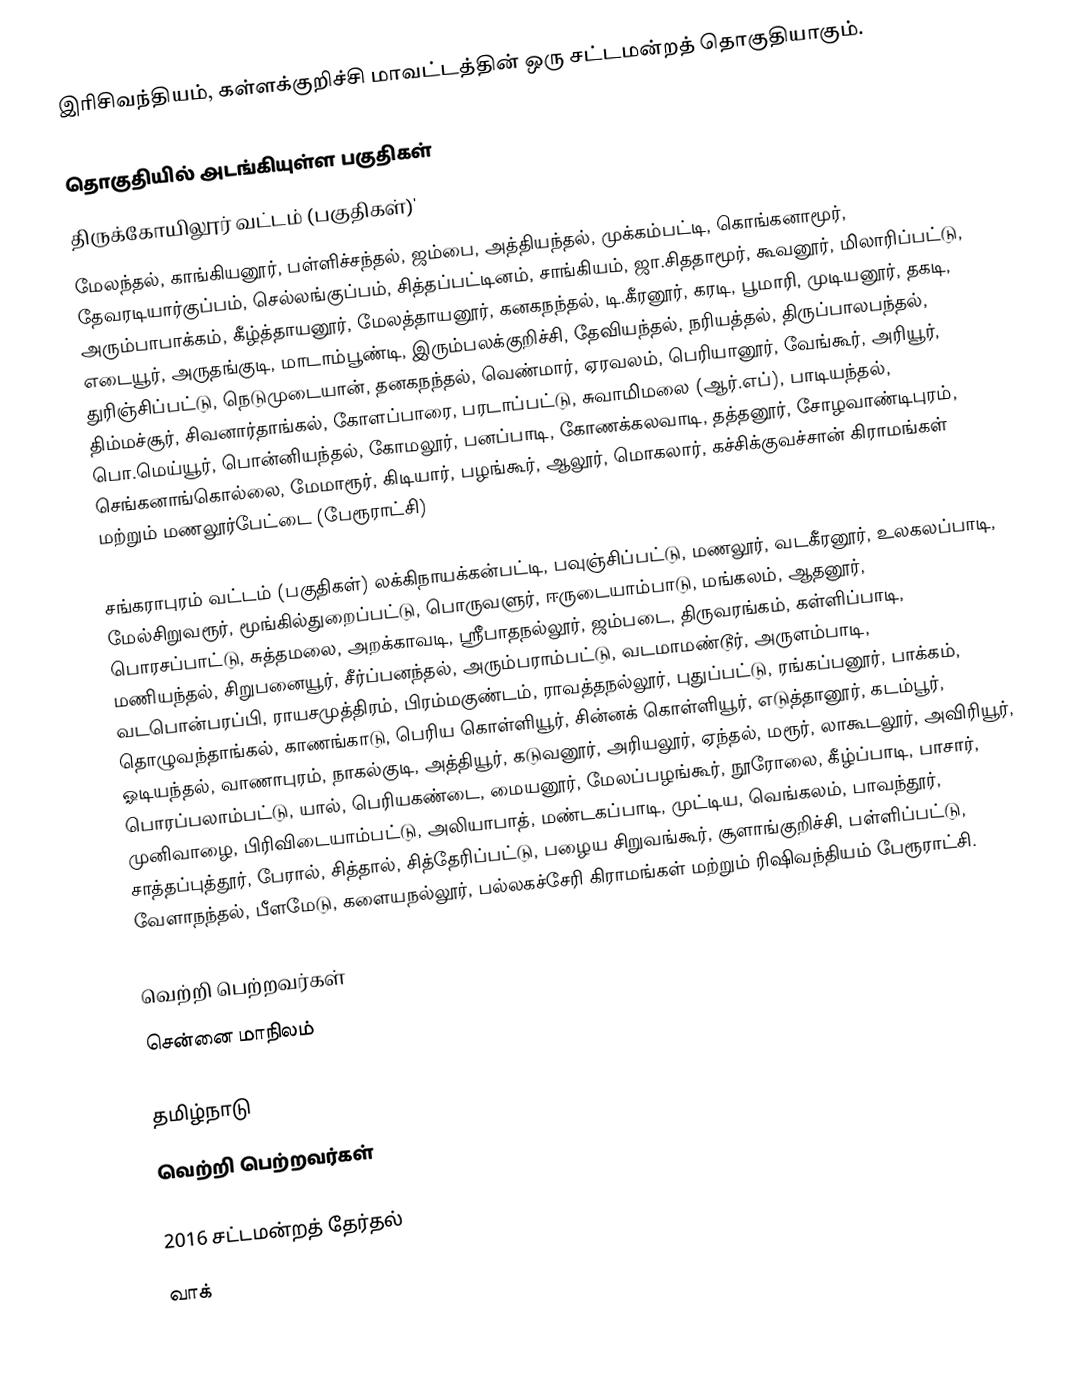
இரிசிவந்தியம், கள்ளக்குறிச்சி மாவட்டத்தின் ஒரு சட்டமன்றத் தொகுதியாகும்.

தொகுதியில் அடங்கியுள்ள பகுதிகள்
 திருக்கோயிலூர் வட்டம் (பகுதிகள்)'
மேலந்தல், காங்கியனூர், பள்ளிச்சந்தல், ஜம்பை, அத்தியந்தல், முக்கம்பட்டி, கொங்கனாமூர், தேவரடியார்குப்பம், செல்லங்குப்பம், சித்தப்பட்டினம், சாங்கியம், ஜா.சிததாமூர், கூவனூர், மிலாரிப்பட்டு, அரும்பாபாக்கம், கீழ்த்தாயனூர், மேலத்தாயனூர், கனகநந்தல், டி.கீரனூர், கரடி, பூமாரி, முடியனூர், தகடி, எடையூர், அருதங்குடி, மாடாம்பூண்டி, இரும்பலக்குறிச்சி, தேவியந்தல், நரியத்தல், திருப்பாலபந்தல், துரிஞ்சிப்பட்டு, நெடுமுடையான், தனகநந்தல், வெண்மார், ஏரவலம், பெரியானூர், வேங்கூர், அரியூர், திம்மச்சூர், சிவனார்தாங்கல், கோளப்பாரை, பரடாப்பட்டு, சுவாமிமலை (ஆர்.எப்), பாடியந்தல், பொ.மெய்யூர், பொன்னியந்தல், கோமலூர், பனப்பாடி, கோணக்கலவாடி, தத்தனூர், சோழவாண்டிபுரம், செங்கனாங்கொல்லை, மேமாரூர், கிடியார், பழங்கூர், ஆலூர், மொகலார், கச்சிக்குவச்சான் கிராமங்கள் மற்றும் மணலூர்பேட்டை (பேரூராட்சி)

 சங்கராபுரம் வட்டம் (பகுதிகள்) லக்கிநாயக்கன்பட்டி, பவுஞ்சிப்பட்டு, மணலூர், வடகீரனூர், உலகலப்பாடி, மேல்சிறுவரூர், மூங்கில்துறைப்பட்டு, பொருவளுர், ஈருடையாம்பாடு, மங்கலம், ஆதனூர், பொரசப்பாட்டு, சுத்தமலை, அறக்காவடி, ஸ்ரீபாதநல்லூர், ஜம்படை, திருவரங்கம், கள்ளிப்பாடி, மணியந்தல், சிறுபனையூர், சீர்ப்பனந்தல், அரும்பராம்பட்டு, வடமாமண்டூர், அருளம்பாடி, வடபொன்பரப்பி, ராயசமுத்திரம், பிரம்மகுண்டம், ராவத்தநல்லூர், புதுப்பட்டு, ரங்கப்பனூர், பாக்கம், தொழுவந்தாங்கல், காணங்காடு, பெரிய கொள்ளியூர், சின்னக் கொள்ளியூர், எடுத்தானூர், கடம்பூர், ஓடியந்தல், வாணாபுரம், நாகல்குடி, அத்தியூர், கடுவனூர், அரியலூர், ஏந்தல், மரூர், லாகூடலூர், அவிரியூர், பொரப்பலாம்பட்டு, யால், பெரியகண்டை, மையனூர், மேலப்பழங்கூர், நூரோலை, கீழ்ப்பாடி, பாசார், முனிவாழை, பிரிவிடையாம்பட்டு, அலியாபாத், மண்டகப்பாடி, முட்டிய, வெங்கலம், பாவந்தூர், சாத்தப்புத்தூர், பேரால், சித்தால், சித்தேரிப்பட்டு, பழைய சிறுவங்கூர், சூளாங்குறிச்சி, பள்ளிப்பட்டு, வேளாநந்தல், பீளமேடு,  களையநல்லூர், பல்லகச்சேரி கிராமங்கள் மற்றும் ரிஷிவந்தியம் பேரூராட்சி.

 வெற்றி பெற்றவர்கள்
 சென்னை மாநிலம்

 தமிழ்நாடு
வெற்றி பெற்றவர்கள்

 2016 சட்டமன்றத் தேர்தல்
 வாக்